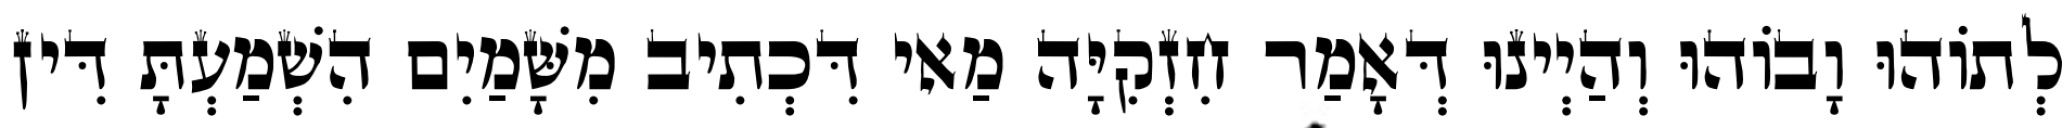
לְתוֹהוּ וָבוֹהוּ וְהַיְינוּ דְּאָמַר חִזְקִיָּה מַאי דִּכְתִיב מִשָּׁמַיִם הִשְׁמַעְתָּ דִּין